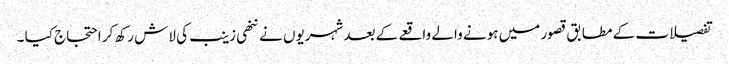
تفصیلات کے مطابق قصور میں ہونے والے واقعے کے بعد شہریوں نے ننھی زینب کی لاش رکھ کر احتجاج کیا ۔